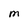
Character: M